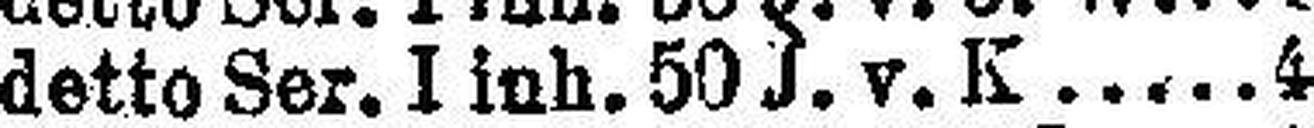
detto Ser. I inh. 50 J. v. K 4